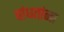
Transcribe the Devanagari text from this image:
बांधतांना